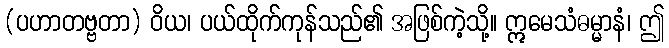
(ပဟာတဗ္ဗတာ) ဝိယ၊ ပယ်ထိုက်ကုန်သည်၏ အဖြစ်ကဲ့သို့။ ဣမေသံဓမ္မာနံ၊ ဤ